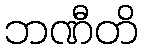
ဘဏီတိ